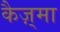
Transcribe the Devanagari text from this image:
कैज़्मा